Statistical return of the lunatic asylum in Assam - 1912-1932
Year: 1912
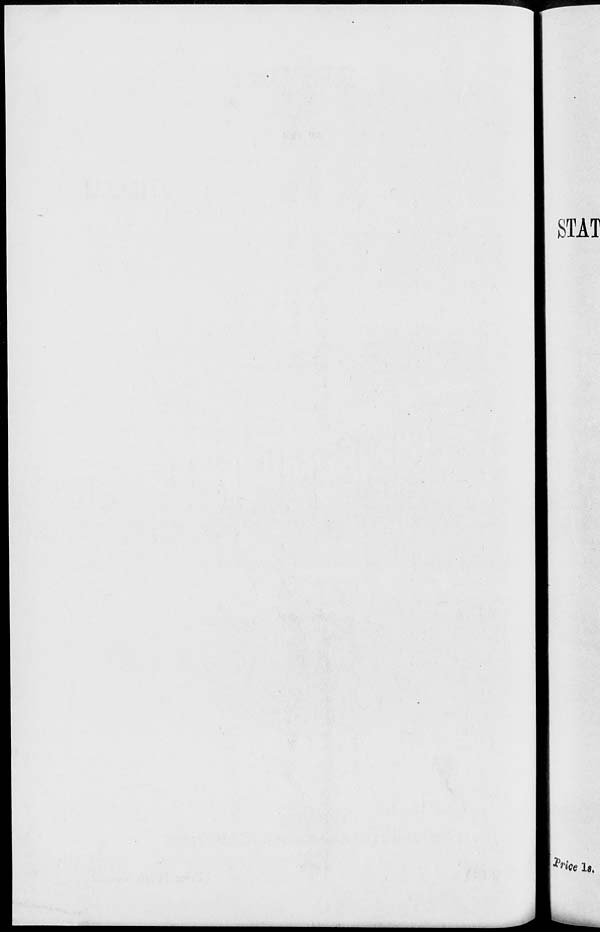
STAT
h 'he 1«,